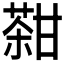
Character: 𤯊